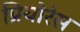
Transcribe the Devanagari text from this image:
प्रियोरेस